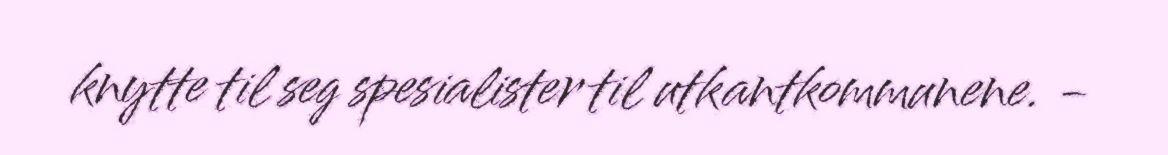
knytte til seg spesialister til utkantkommunene. -